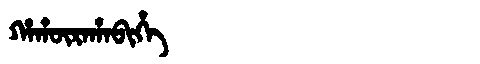
Manchu: ᡥᠠᡥᡡᡵᠠᡥᠠᠪᡳᡥᡝ
Romanization: HAHŪRAHABIHE